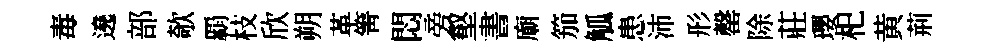
毒遶部欹覇枝欣朔革箐悶旁壑書廟笳觚患沛形罄除莊瓔𣏌黄荊